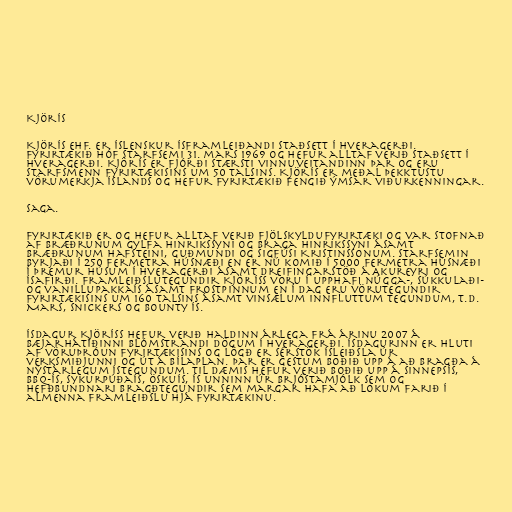
Kjörís

Kjörís ehf. er íslenskur ísframleiðandi staðsett í Hveragerði.
Fyrirtækið hóf starfsemi 31. mars 1969 og hefur alltaf verið staðsett í
Hveragerði. Kjörís er fjórði stærsti vinnuveitandinn þar og eru
starfsmenn fyrirtækisins um 50 talsins. Kjörís er meðal þekktustu
vörumerkja Íslands og hefur fyrirtækið fengið ýmsar viðurkenningar.

Saga.

Fyrirtækið er og hefur alltaf verið fjölskyldufyrirtæki og var stofnað
af bræðrunum Gylfa Hinrikssyni og Braga Hinrikssyni ásamt
bræðrunum Hafsteini, Guðmundi og Sigfúsi Kristinssonum. Starfsemin
byrjaði í 250 fermetra húsnæði en er nú komið í 5000 fermetra húsnæði
í þremur húsum í Hveragerði ásamt dreifingarstöð á Akureyri og
Ísafirði. Framleiðslutegundir Kjöríss voru í upphafi núgga-, súkkulaði-
og vanillupakkaís ásamt frostpinnum en í dag eru vörutegundir
fyrirtækisins um 160 talsins ásamt vinsælum innfluttum tegundum, t.d.
Mars, Snickers og Bounty ís.

Ísdagur Kjöríss hefur verið haldinn árlega frá árinu 2007 á
bæjarhátíðinni Blómstrandi dögum í Hveragerði. Ísdagurinn er hluti
af vöruþróun fyrirtækisins og lögð er sérstök ísleiðsla úr
verksmiðjunni og út á bílaplan. Þar er gestum boðið upp á að bragða á
nýstárlegum ístegundum. Til dæmis hefur verið boðið upp á sinnepsís,
BBQ-ís, sykurpúðaís, öskuís, ís unninn úr brjóstamjólk sem og
hefðbundnari bragðtegundir sem margar hafa að lokum farið í
almenna framleiðslu hjá fyrirtækinu.